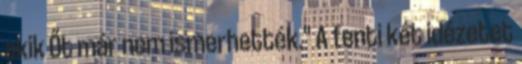
akik Őt már nem ismerhették." A fenti két idézetet